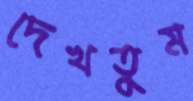
দেখতুম